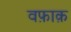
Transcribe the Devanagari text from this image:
वफ़ाक़